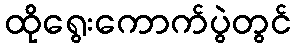
ထိုရွေးကောက်ပွဲတွင်